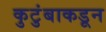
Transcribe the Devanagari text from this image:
कुटुंबाकडून